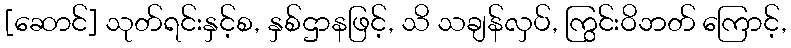
[ဆောင်] သုတ်ရင်းနှင့်စ, နှစ်ဌာနဖြင့်, သိ သချန်လှပ်, ကြွင်းဝိဘတ် ကြောင့်,